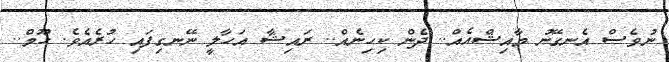
ނުވެސް އެނގޭނު މާއިޝްއެއް.. ދެން ކިހިނެއް.. ރައިޝާ އަހާލީ ނޭނގިފައި ހުރެއެވެ. ހޫމް..